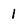
Character: 1